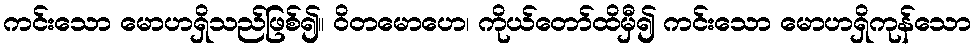
ကင်းသော မောဟရှိသည်ဖြစ်၍။ ဝိတမောဟေ၊ ကိုယ်တော်ထိမှီ၍ ကင်းသော မောဟရှိကုန်သော